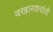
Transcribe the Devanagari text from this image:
वखारकरांती